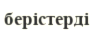
берістерді